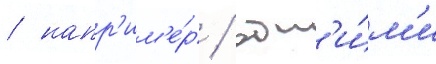
/ напр'им'е́р / одн'и́м'и